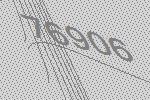
76906